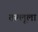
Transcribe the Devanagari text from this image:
तल्लूला